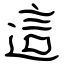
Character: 這